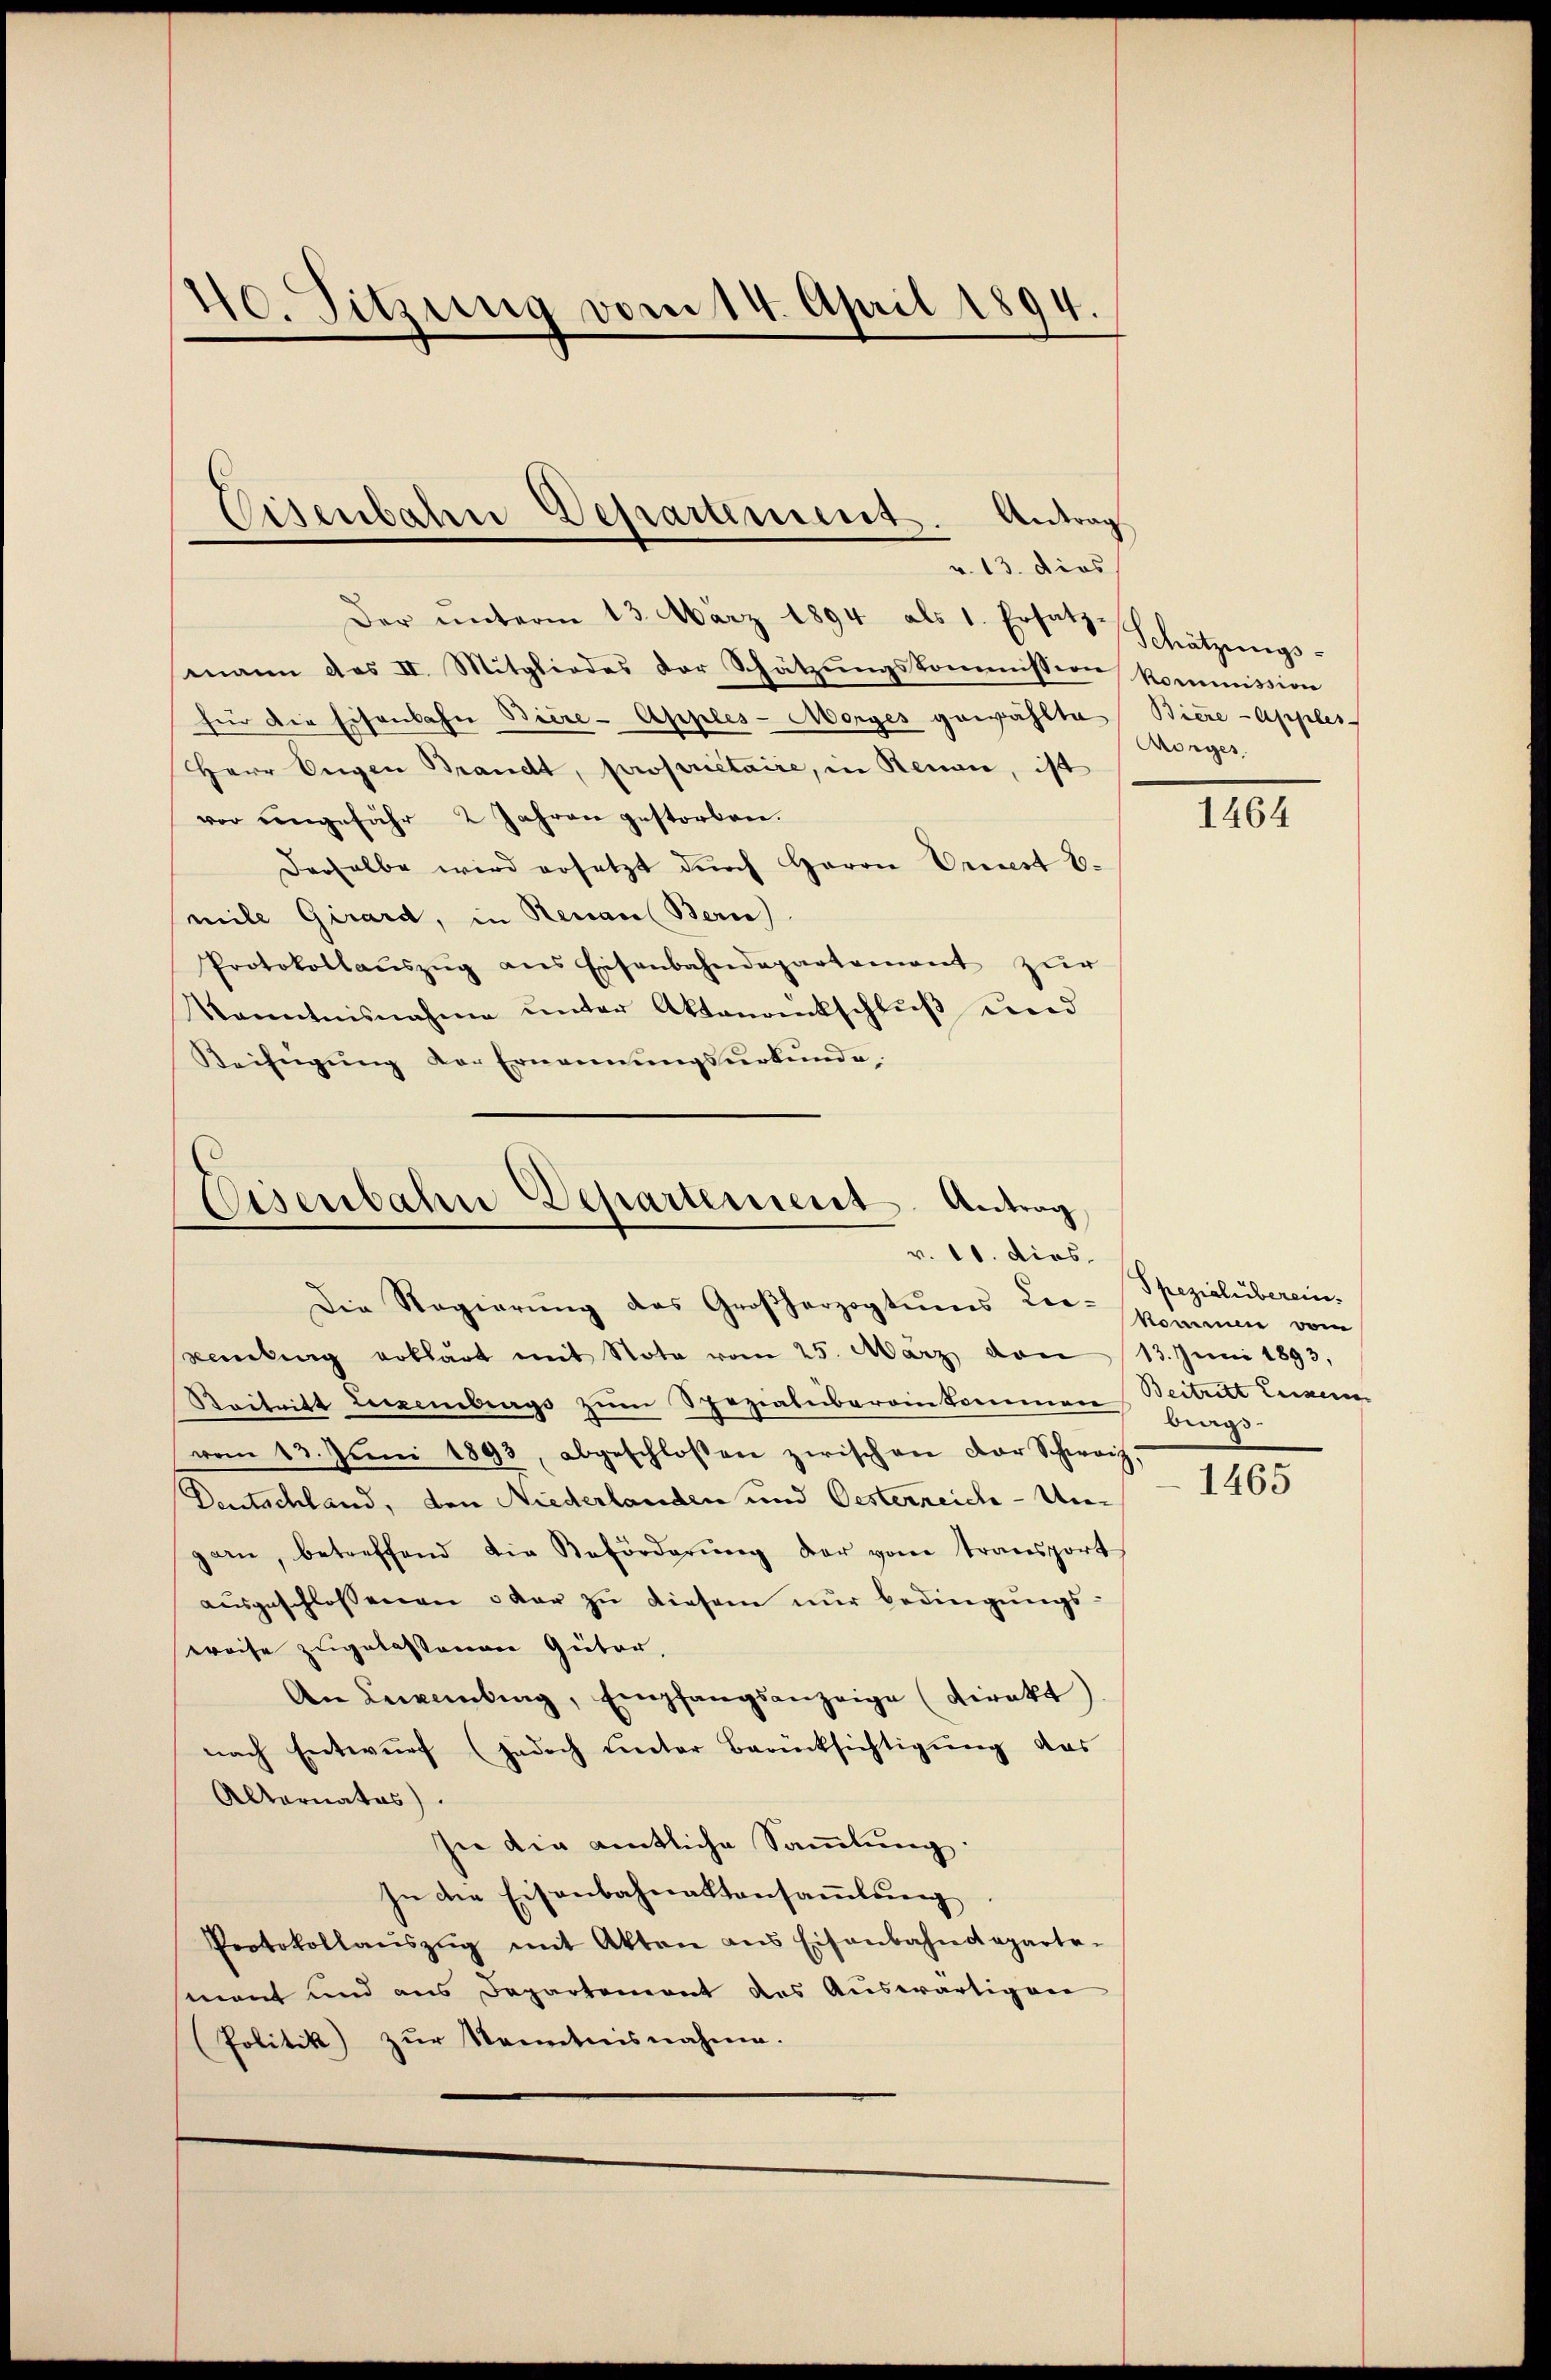
40. Sitzung vom 14. April 1894.

Der ŭnterm 13. März 1894 als 1. Ersatz Schätzungs-
mann das II. Mitgliedes der Schätzungskommission kommission
für die Eisenbahn Biere-Apples-Morges gewählte
Herr Ungen Brandt, proprietaire, in Neuan, ist
vor eingefähr 2 Jahren gestorben.
derselbe wird ersetzt durch Herrn Priest E.
mile Girard, in Renau (Bern).
Protokollaŭszŭg ans Eisenbahndepartement zur
Kenntnisnahme ŭnter Aktenantschlŭβ ŭnd
Keifŭgŭng der Ernannŭngsŭrkŭnde

Eisenbahn Departement. Antrag
v. 13. dies

Eisenbahn Departement Antrag
v. 11. dies
Die Regierung des Großherzogtums Lee-

embung erklärt mit Note vom 25. März dan
Saitritt Liezembergs zum Spezialbeibereinkommen, Beitritt Lewen
vom 13. Juni 1893, abgeschloßen zwischen Dor Schweiz,
Deutschland, den Niederlanden und Oesterreiche - Ungarn, betreffend die Beförderŭng der vom transport
ausgeschlossenen oder zu diesem nur bedingungs-
Preise zugelassenen Güter,
An Luxenburg, Empfangsanzeige (direkt
nach Entwŭrf (jedoch unter Berücksichtigŭng das
Alternates).
In die amtliche Sammlung.
In die Eisenbahnaktansaṁlŭng
Protokollaŭszŭg mit Akten ans Eisenbahndeparte-
mant und aus Departement des Auswärtiger
(Politik zŭr Kenntnisnahme.

Biere - Apples-
Morges

1464

Spezialiberein.
komme vom
13. Juni 1893,
brags-

1465